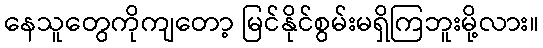
နေသူတွေကိုကျတော့ မြင်နိုင်စွမ်းမရှိကြဘူးမို့လား။